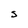
Character: s